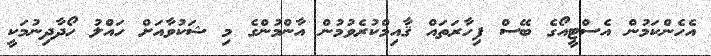
އެހެންކަމުން އެސްޓީއޯގެ ބޭސް ފިހާރަތައް ޤާއިމްކުރެވުމުން އާންމުންގެ މި ޝަކުވާއަށް ހައްލު ހޯދާދިނުމަކީ